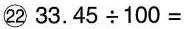
㉒$$ 33.45 ÷ 100 = $$